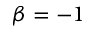
\beta = - 1